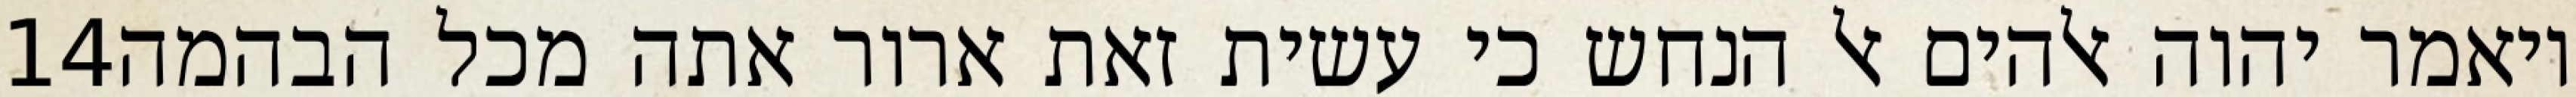
‎14‏ ויאמר יהוה אלהים אל הנחש כי עשית זאת ארור אתה מכל הבהמה